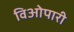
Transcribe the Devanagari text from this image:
विओपारी